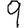
Digit: 9